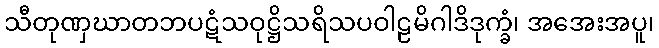
သီတုဏှဃာတဘပဋံသဝုဋ္ဌိသရိသပဝါဠမိဂါဒိဒုက္ခံ၊ အအေးအပူ၊